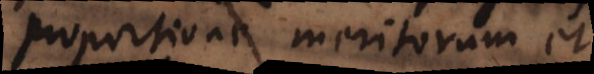
proportione meritorum et